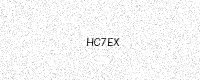
Text: HC7EX